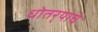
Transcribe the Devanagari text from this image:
धोतर्‍याचे